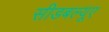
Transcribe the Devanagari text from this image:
सीडबल्यूए